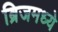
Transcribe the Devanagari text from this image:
ब्रिजमध्ये